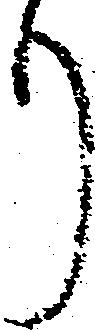
り